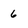
Character: 6